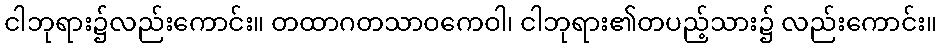
ငါဘုရား၌လည်းကောင်း။ တထာဂတသာဝကေဝါ၊ ငါဘုရား၏တပည့်သား၌ လည်းကောင်း။